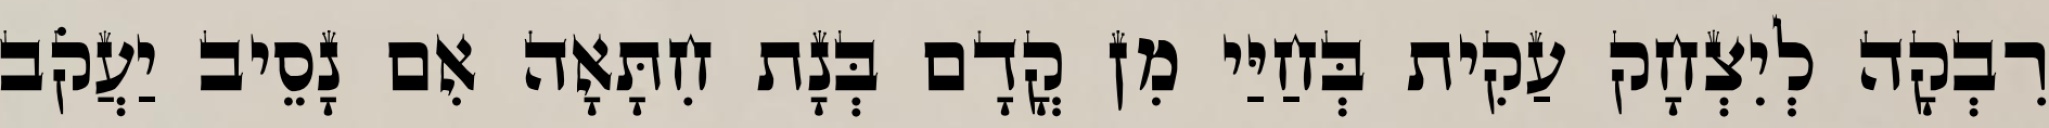
רִבְקָה לְיִצְחָק עַקִית בְּחַיַּי מִן קֳדָם בְּנָת חִתָּאָה אִם נָסֵיב יַעֲקֹב